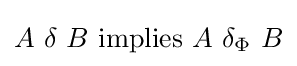
A\ \delta \ B\ {\mbox{implies}}\ A\ \delta _{\Phi }\ B